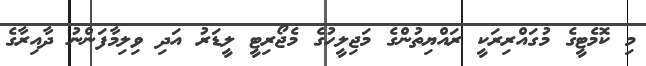
މި ކޮމެޓީގެ މުގައްރިރަކީ ރައްޔިތުންގެ މަޖިލީހުގެ މެޖޯރިޓީ ލީޑަރު އަދި ވިލިމާފަންނު ދާއިރާގެ